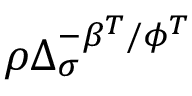
\rho \Delta _ { \sigma } ^ { - \beta ^ { T } / \phi ^ { T } }